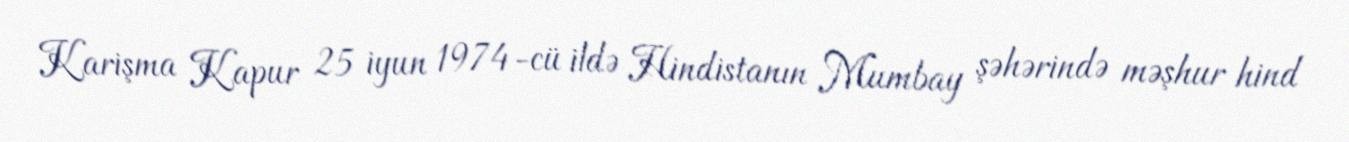
Karişma Kapur 25 iyun 1974-cü ildə Hindistanın Mumbay şəhərində məşhur hind